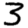
Digit: 3